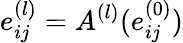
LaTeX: e_{ij}^{(l)}=A^{(l)}(e_{ij}^{(0)})